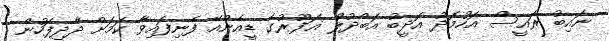
ނައިބު ރައީސް އަހުމަދު އަދީބު އަބްދުލް ޣަފޫރުގެ ޑީއެންއޭ ފެނިފައިވާ ކަމަށް ދާދިފަހުން